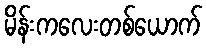
မိန်းကလေးတစ်ယောက်